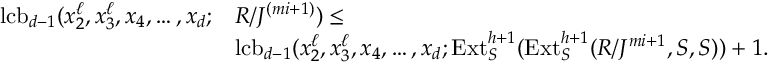
\begin{array} { r l } { \operatorname { l c b } _ { d - 1 } ( x _ { 2 } ^ { \ell } , x _ { 3 } ^ { \ell } , x _ { 4 } , \ldots , x _ { d } ; } & { R / J ^ { ( m i + 1 ) } ) \leq } \\ & { \operatorname { l c b } _ { d - 1 } ( x _ { 2 } ^ { \ell } , x _ { 3 } ^ { \ell } , x _ { 4 } , \ldots , x _ { d } ; \operatorname { E x t } _ { S } ^ { h + 1 } ( \operatorname { E x t } _ { S } ^ { h + 1 } ( R / J ^ { m i + 1 } , S , S ) ) + 1 . } \end{array}